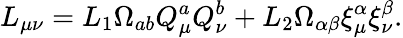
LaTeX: L_{\mu\nu}=L_{1}\Omega_{ab}Q_{\mu}^{a}Q_{\nu}^{b}+L_{2}\Omega_{\alpha\beta}\xi_{\mu}^{\alpha}\xi_{\nu}^{\beta}.